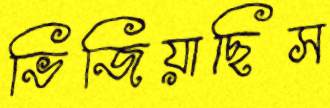
ভিজিয়াছিস